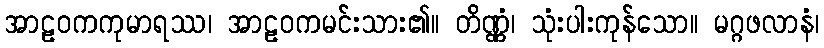
အာဠဝကကုမာရဿ၊ အာဠဝကမင်းသား၏။ တိဏ္ဏံ၊ သုံးပါးကုန်သော။ မဂ္ဂဖလာနံ၊